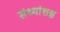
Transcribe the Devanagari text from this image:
संध्यांशश्च